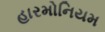
હારમોનિયમ